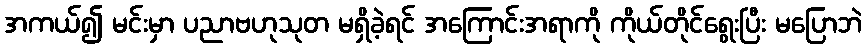
အကယ်၍ မင်းမှာ ပညာဗဟုသုတ မရှိခဲ့ရင် အကြောင်းအရာကို ကိုယ်တိုင်ရွေးပြီး မပြောဘဲ